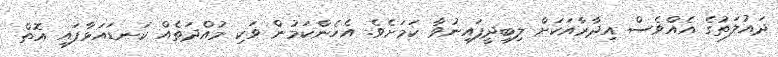
ދައުލަތުގެ އެއްވެސް އިދާރާއަކަށް ލިބިދީފައިނުވާ ކަމަށެވެ. އެހެންކަމުން ވަކި މުއްދަތެއް ކަނޑައަޅާފައި އޮތް